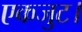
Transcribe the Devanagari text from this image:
एकजुट।